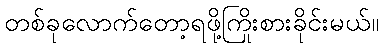
တစ်ခုလောက်တော့ရဖို့ကြိုးစားခိုင်းမယ်။